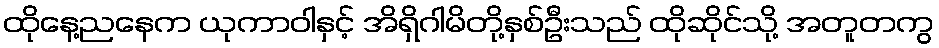
ထိုနေ့ညနေက ယုကာဝါနှင့် အိရှိဂါမိတို့နှစ်ဦးသည် ထိုဆိုင်သို့ အတူတကွ